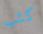
كثب